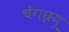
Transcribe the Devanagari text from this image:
चेंगछ्यू